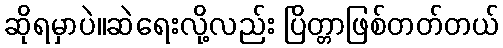
ဆိုရမှာပဲ။ဆဲရေးလို့လည်း ပြိတ္တာဖြစ်တတ်တယ်